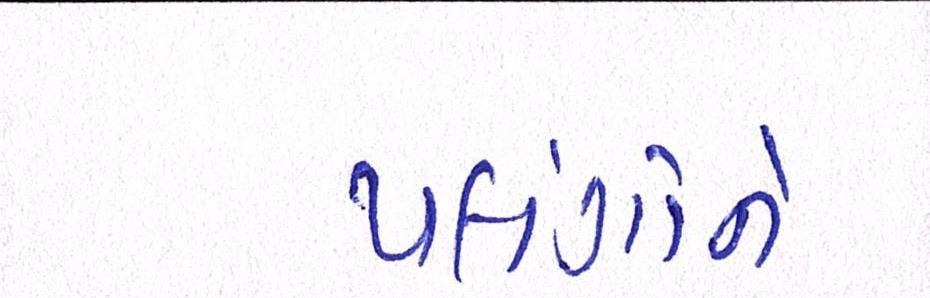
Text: પલંગોને